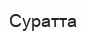
Суратта